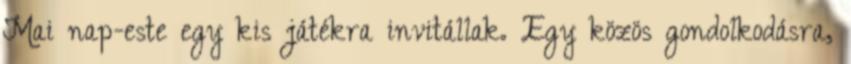
Mai nap-este egy kis játékra invitállak. Egy közös gondolkodásra,